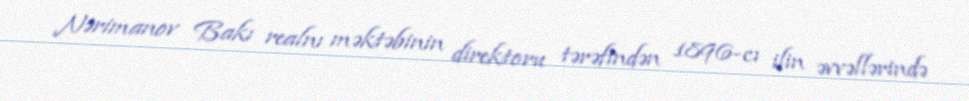
Nərimanov Bakı realnı məktəbinin direktoru tərəfindən 1896-cı ilin əvvəllərində